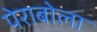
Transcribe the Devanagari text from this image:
पेराबोला